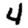
Digit: 4